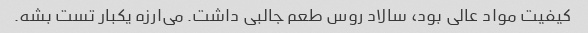
کیفیت مواد عالی بود، سالاد روس طعم جالبی داشت. می‌ارزه یکبار تست بشه.